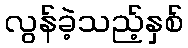
လွန်ခဲ့သည့်နှစ်